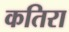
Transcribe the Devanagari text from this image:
कतिरा